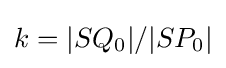
k=|SQ_{0}|/|SP_{0}|